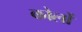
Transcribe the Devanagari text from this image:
कोर्लो